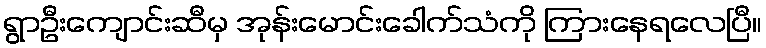
ရွာဦးကျောင်းဆီမှ အုန်းမောင်းခေါက်သံကို ကြားနေရလေပြီ။